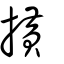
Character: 撗